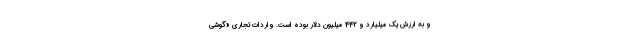
و به ارزش یک میلیارد و 442 میلیون دلار بوده است. واردات تجاری «گوشی